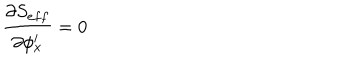
LaTeX: \frac { \partial S _ { e f f } } { \partial \phi _ { x } ^ { i } } = 0